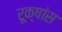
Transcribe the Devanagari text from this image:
रूक्षांस